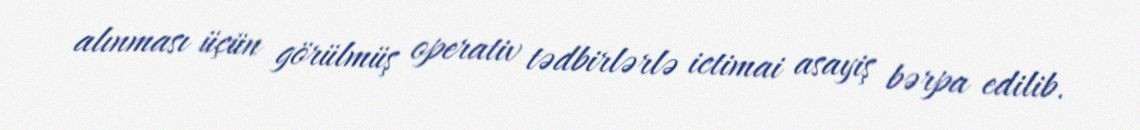
alınması üçün görülmüş operativ tədbirlərlə ictimai asayiş bərpa edilib.